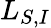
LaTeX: L_{S,I}